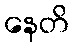
နေတိ